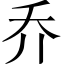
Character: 乔